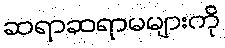
ဆရာဆရာမများကို